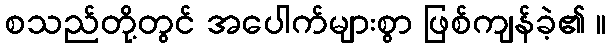
စသည်တို့တွင် အပေါက်များစွာ ဖြစ်ကျန်ခဲ့၏ ။